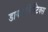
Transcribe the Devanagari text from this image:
डायगोनिस्टिक्‍स